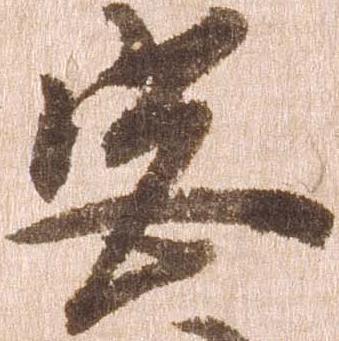
宮